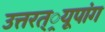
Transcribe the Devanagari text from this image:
उत्तरत््रयूपांग